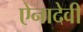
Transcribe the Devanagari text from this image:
ऐनादेवी